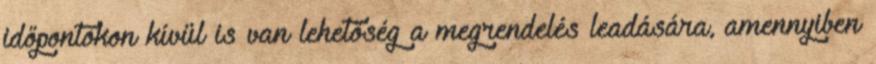
időpontokon kívül is van lehetőség a megrendelés leadására, amennyiben